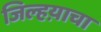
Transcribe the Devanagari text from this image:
जिल्हय़ाचा